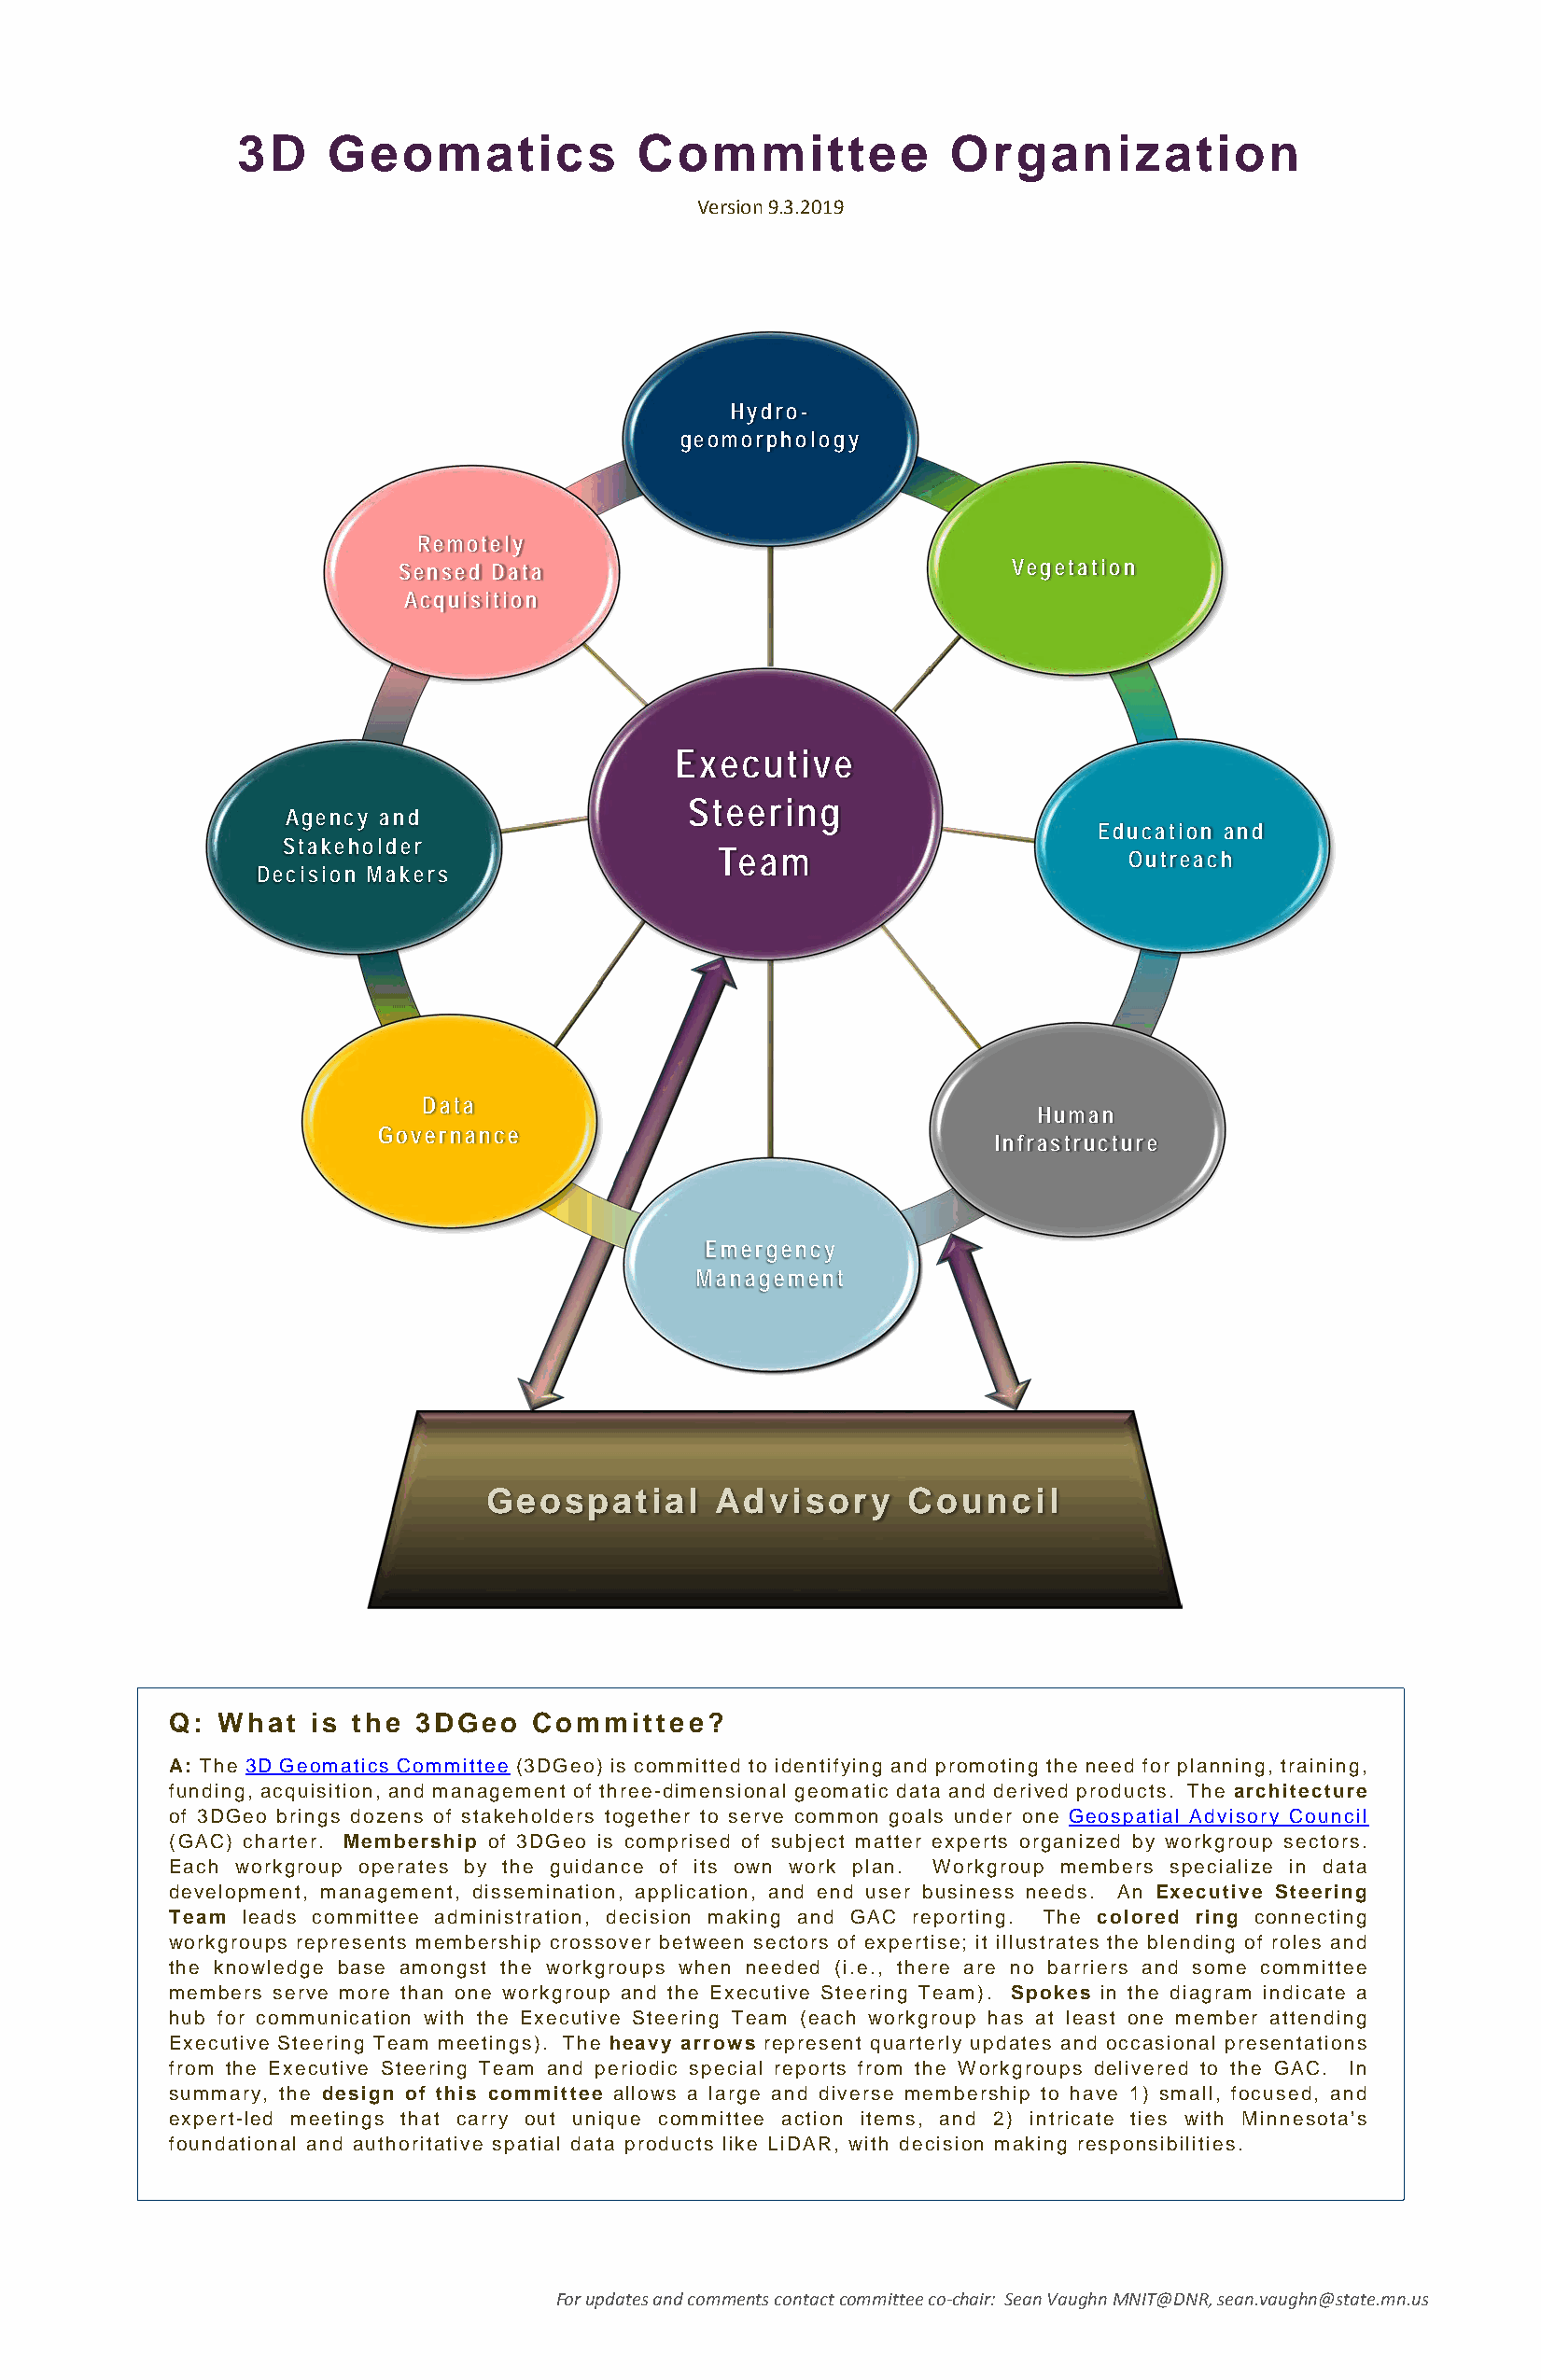
3D    Geomatics             Committee             Organization
 Version 9.3.2019
 Hydro-
 geomorphology
 Remotely
 Sensed Data                                 Vegetation
 Acquisition
 Executive
 Steering
 Agency and
 Education and
 Stakeholder
 Team                         Outreach
 Decision Makers
 Data
 Human
 Governance
 Infrastructure
 Emergency
 Management
 Geospatial       Advisory     Council
 Q: What   is the 3DGeo    Committee?
 A: The 3D Geomatics Committee (3DGeo) is committed to identifying and promoting the need for planning, training,
 funding, acquisition, and management of three-dimensional geomatic data and derived products. The architecture
 of 3DGeo brings dozens of stakeholders together to serve common goals under one Geospatial Advisory Council
 (GAC) charter. Membership of 3DGeo is comprised of subject matter experts organized by workgroup sectors.
 Each workgroup operates by the guidance of its own work plan. Workgroup members specialize in data
 development, management, dissemination, application, and end user business needs. An Executive Steering
 Team leads committee administration, decision making and GAC reporting. The colored ring connecting
 workgroups represents membership crossover between sectors of expertise; it illustrates the blending of roles and
 the knowledge base amongst the workgroups when needed (i.e., there are no barriers and some committee
 members serve more than one workgroup and the Executive Steering Team). Spokes in the diagram indicate a
 hub for communication with the Executive Steering Team (each workgroup has at least one member attending
 Executive Steering Team meetings). The heavy arrows represent quarterly updates and occasional presentations
 from the Executive Steering Team and periodic special reports from the Workgroups delivered to the GAC. In
 summary, the design of this committee allows a large and diverse membership to have 1) small, focused, and
 expert-led meetings that carry out unique committee action items, and 2) intricate ties with Minnesota’s
 foundational and authoritative spatial data products like LiDAR, with decision making responsibilities.
 For updates and comments contact committee co-chair: Sean Vaughn MNIT@DNR, sean.vaughn@state.mn.us